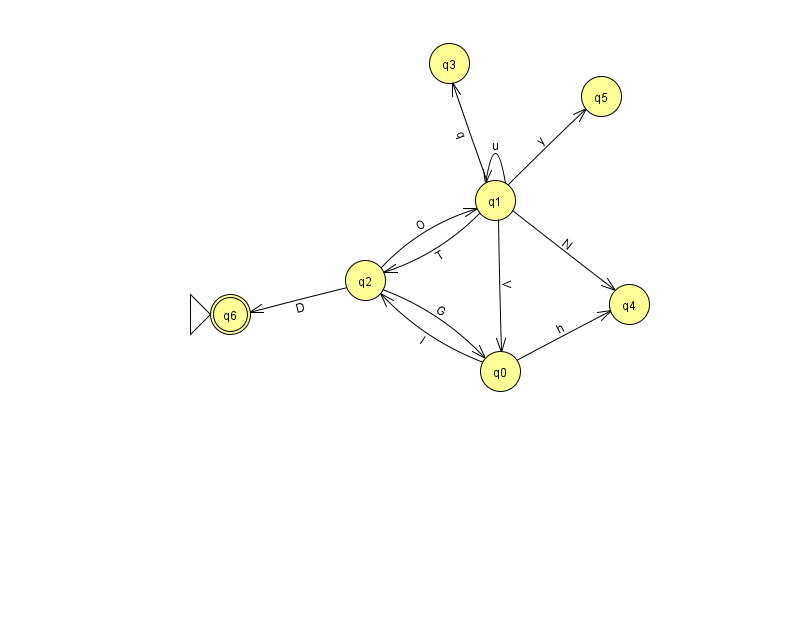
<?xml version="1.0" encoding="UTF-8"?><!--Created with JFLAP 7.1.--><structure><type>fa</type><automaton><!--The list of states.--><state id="0" name="q0"><x>500.0</x><y>358.0</y></state><state id="1" name="q1"><x>495.0</x><y>187.0</y></state><state id="2" name="q2"><x>365.0</x><y>267.0</y></state><state id="3" name="q3"><x>449.0</x><y>50.0</y></state><state id="4" name="q4"><x>629.0</x><y>291.0</y></state><state id="5" name="q5"><x>601.0</x><y>83.0</y></state><state id="6" name="q6"><x>230.0</x><y>301.0</y><initial/><final/></state><!--The list of transitions.--><transition><from>0</from><to>4</to><read>h</read></transition><transition><from>2</from><to>0</to><read>G</read></transition><transition><from>1</from><to>1</to><read>u</read></transition><transition><from>2</from><to>1</to><read>O</read></transition><transition><from>2</from><to>6</to><read>D</read></transition><transition><from>1</from><to>3</to><read>q</read></transition><transition><from>1</from><to>4</to><read>N</read></transition><transition><from>1</from><to>0</to><read>V</read></transition><transition><from>1</from><to>5</to><read>y</read></transition><transition><from>0</from><to>2</to><read>I</read></transition><transition><from>1</from><to>2</to><read>T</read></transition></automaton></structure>